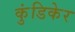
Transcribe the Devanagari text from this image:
कुंडिकेर